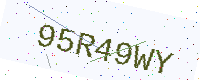
Text: 95R49WY